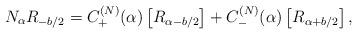
LaTeX: \begin{align*}N_{\alpha}R_{-b/2}=C^{(N)}_{+}(\alpha)\left[R_{\alpha-b/2}\right]+C^{(N)}_{-}(\alpha)\left[R_{\alpha+b/2}\right],\end{align*}